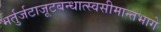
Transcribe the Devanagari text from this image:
भर्तुर्जटाजूटबन्धात्स्वसीमान्तभागे